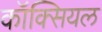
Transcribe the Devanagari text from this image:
कॉक्सियल